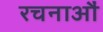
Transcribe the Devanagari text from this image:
रचनाऔं